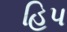
હિપ